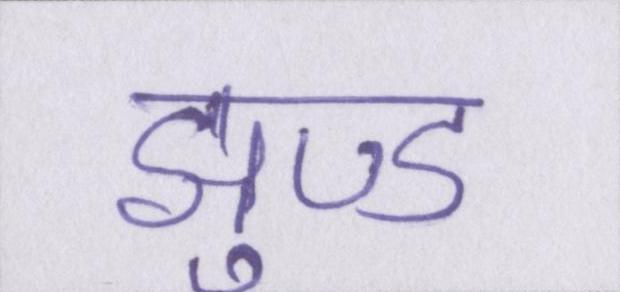
झुण्ड